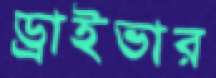
ড্রাইভার